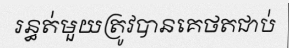
រន្ធត់មួយត្រូវបានគេថតជាប់